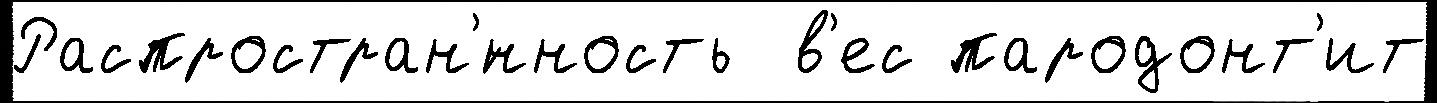
Распростран'́нность  в'ес пародонт'ит